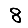
Digit: 8